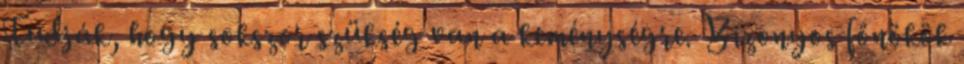
Tudják, hogy sokszor szükség van a keménységre. Bizonyos főnökök